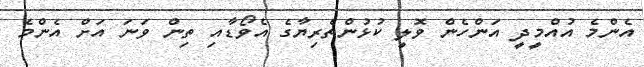
އެންމެ އުއްމީދީ އަންހެން ވޮލީ ކުޅުންތެރިޔާގެ އެވޯޑާއި ތިން ވަނަ އަށް އެންމެ